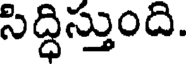
సిద్ధిస్తుంది.